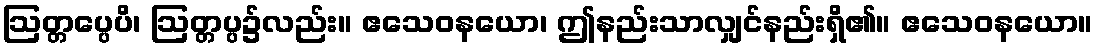
ဩတ္တပ္ပေပိ၊ ဩတ္တပ္ပ၌လည်း။ ဧသေဝနယော၊ ဤနည်းသာလျှင်နည်းရှိ၏။ ဧသေဝနယော။